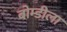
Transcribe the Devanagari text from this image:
बोम्डीला